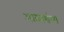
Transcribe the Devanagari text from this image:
आकारांचा